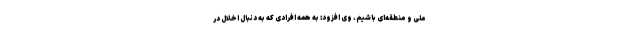
ملی و منطقه‌ای باشیم. وی افزود: به همه افرادی که به دنبال اخلال در